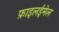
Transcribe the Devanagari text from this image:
फ़ाइलईमेल